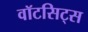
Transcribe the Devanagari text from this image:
वॉटसिट्स